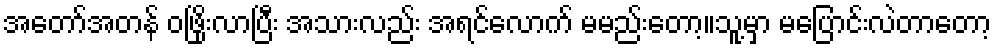
အတော်အတန် ဝဖြိုးလာပြီး အသားလည်း အရင်လောက် မမည်းတော့။သူ့မှာ မပြောင်းလဲတာတော့